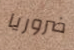
ضروريا